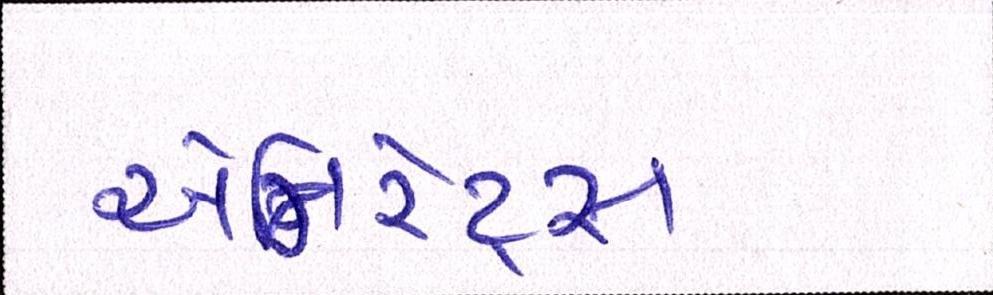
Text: એમિરેટ્સ